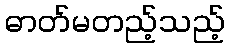
ဓာတ်မတည့်သည့်